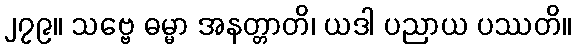
၂၇၉။ သဗ္ဗေ ဓမ္မာ အနတ္တာတိ၊ ယဒါ ပညာယ ပဿတိ။